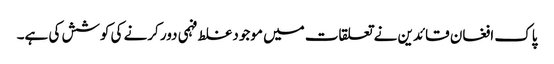
پاک افغان قائدین نے تعلقات میں موجود غلط فہمی دور کرنے کی کوشش کی ہے۔